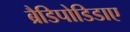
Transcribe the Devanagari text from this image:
ब्रैडिपोडिडाए